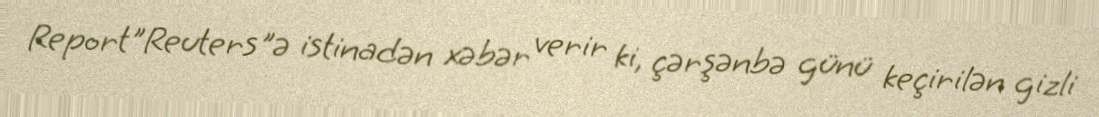
Report"Reuters"ə istinadən xəbər verir ki, çərşənbə günü keçirilən gizli